Report on enteric fever
Disease focus: Fever
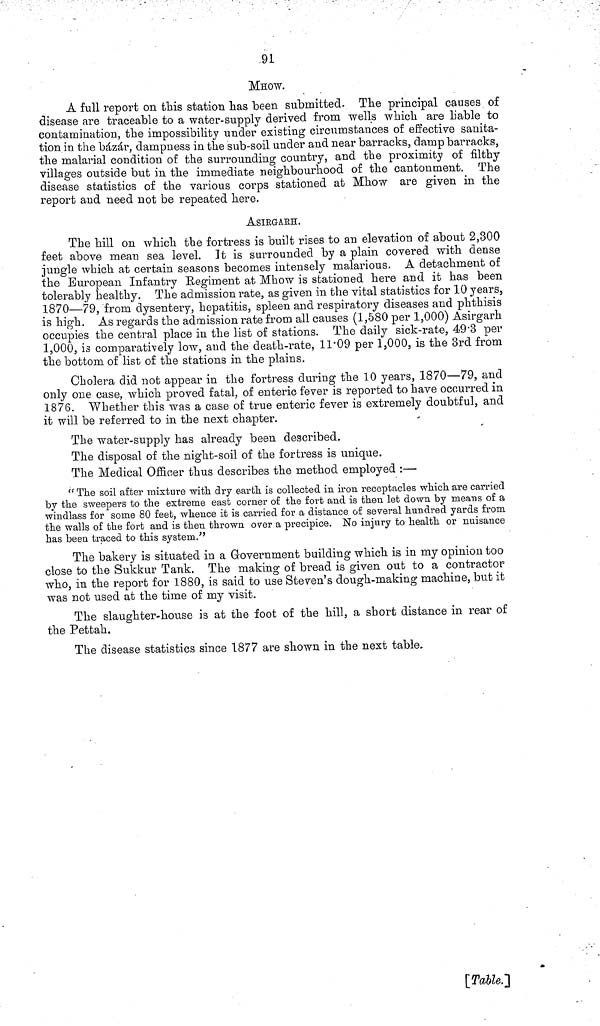
91
MHOW.
A full report on this station has been submitted. The principal causes of
disease are traceable to a water supply derived from wells which are liable to
contamination, the impossibility under existing circumstances of effective sanita-
tion in the bázár, dampness in the sub soil under and near barracks, damp barracks,
the malarial condition of the surrounding country, and the proximity of filthy
villages outside but in the immediate neighbourhood of the cantonment. The
disease statistics of the various corps stationed at Mhow are given in the
report and need not be repeated here.
ASIRGARH.
The hill on which the fortress is built rises to an elevation of about 2,300
feet above mean sea level. It is surrounded by a plain covered with dense
jungle which at certain seasons becomes intensely malarious. A detachment of
the European Infantry Regiment at Mhow is stationed here and it has been
tolerably healthy. The admission rate, as given in the vital statistics for 10 years,
1870—79, from dysentery, hepatitis, spleen and respiratory diseases and phthisis
is high. As regards the admission rate from all causes (1,580 per 1,000) Asirgarh
occupies the central place in the list of stations. The daily sick rate, 49 3 per
1,000, is comparatively low, and the death rate, 11 09 per 1,000, is the 3rd from
the bottom of list of the stations in the plains.
Cholera did not appear in the fortress during the 10 years, 1870—79, and
only one case, which proved fatal, of enteric fever is reported to have occurred in
1876. Whether this was a case of true enteric fever is extremely doubtful, and
it will be referred to in the next chapter.
The water supply has already been described.
The disposal of the night soil of the fortress is unique.
The Medical Officer thus describes the method employed :—
"The soil after mixture with dry earth is collected in iron receptacles which are carried
by the sweepers to the extreme east corner of the fort and is then let down by means of a
windlass for some 80 feet, whence it is carried for a distance of several hundred yards from
the walls of the fort and is then thrown over a precipice. No injury to health or nuisance
has been traced to this system."
The bakery is situated in a Government building which is in my opinion too
close to the Sukkur Tank. The making of bread is given out to a contractor
who, in the report for 1880, is said to use Steven's dough making machine, but it
was not used at the time of my visit.
The slaughter house is at the foot of the hill, a short distance in rear of
the Pettah.
The disease statistics since 1877 are shown in the next table.
[Table.]